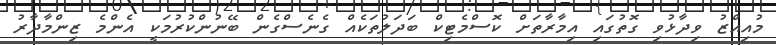
މުއިއްޒު ވިދާޅުވި ގޮތުގައި އިމާރާތަށް ކޮސްމެޓިކް ބަދަލުތަކެއް ގެނެސްގެން ބޭނުންކުރުމަކީ އެންމެ ޒިންމާދާރު